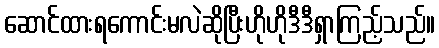
ဆောင်ထားရကောင်းမလဲဆိုပြီးဟိုဟိုဒီဒီရှာကြည့်သည်။